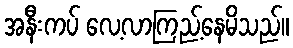
အနီးကပ် လေ့လာကြည့်နေမိသည်။